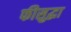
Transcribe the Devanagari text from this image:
फीसुद्धा